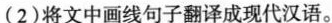
(2)将文中画线句子翻译成现代汉语。